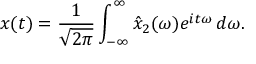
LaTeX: x ( t ) = { \frac { 1 } { \sqrt { 2 \pi } } } \int _ { - \infty } ^ { \infty } { \hat { x } } _ { 2 } ( \omega ) e ^ { i t \omega } \, d \omega .